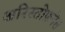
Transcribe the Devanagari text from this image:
अरिस्तोफ़नेस